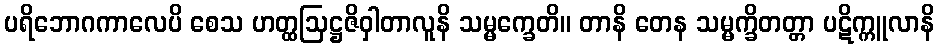
ပရိဘောဂကာလေပိ စေသ ဟတ္ထဩဋ္ဌဇိဝှါတာလူနိ သမ္မက္ခေတိ။ တာနိ တေန သမ္မက္ခိတတ္တာ ပဋိက္ကူလာနိ